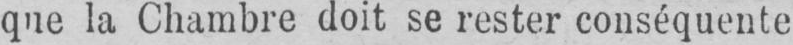
que la Chambre doit se rester conséquente